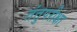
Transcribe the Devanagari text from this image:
तंतुपरीक्षा